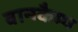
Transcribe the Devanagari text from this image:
वानकैम्प